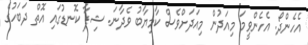
އެހެންދޯ. އެހެންވީމަ މިއަދުން މިއަދަށްވެސް ކާމިޔާބު ވެދާނަ. ޝިފާ ކޮނޑުގައި އޮތް ދަބަހުގެ